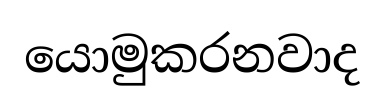
යොමුකරනවාද